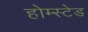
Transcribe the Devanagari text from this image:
होम्स्टेड